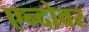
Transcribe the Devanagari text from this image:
एन्दोवर